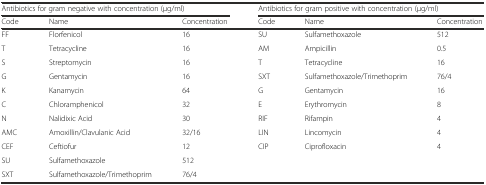
| <COLSPAN=3> Antibiotics for gram negative with concentration (μg/ml) | <COLSPAN=3> Antibiotics for gram positive with concentration (μg/ml) |
 | Code | Name | Concentration | Code | Name | Concentration |
 | --- | --- | --- | --- | --- | --- |
 | FF | Florfenicol | 16 | SU | Sulfamethoxazole | 512 |
 | T | Tetracycline | 16 | AM | Ampicillin | 0.5 |
 | S | Streptomycin | 16 | T | Tetracycline | 16 |
 | G | Gentamycin | 16 | SXT | Sulfamethoxazole/Trimethoprim | 76/4 |
 | K | Kanamycin | 64 | G | Gentamycin | 16 |
 | C | Chloramphenicol | 32 | E | Erythromycin | 8 |
 | N | Nalidixic Acid | 30 | RIF | Rifampin | 4 |
 | AMC | Amoxillin/Clavulanic Acid | 32/16 | LIN | Lincomycin | 4 |
 | CEF | Ceftiofur | 12 | CIP | Ciprofloxacin | 4 |
 | SU | Sulfamethoxazole | 512 |  |  |  |
 | SXT | Sulfamethoxazole/Trimethoprim | 76/4 |  |  |  |